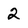
Character: 2